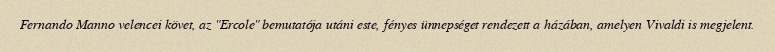
Fernando Manno velencei követ, az "Ercole" bemutatója utáni este, fényes ünnepséget rendezett a házában, amelyen Vivaldi is megjelent.